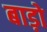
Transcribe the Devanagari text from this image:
बाड़ो